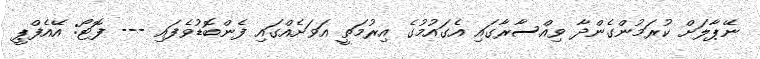
ނޭޕާލަށް ކުރަމުންގެންދާ ވިއްސާރާގައި އެގައުމުގެ އިރުމަތީ އަވަށެއްގައި ފެންބޮޑުވެފައި --- ފޮޓޯ: އޭއެފްޕީ